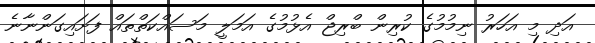
އަދި މި އަހަރު ނިމުމުގެ ކުރިން ބްރިޖް އެޅުމުގެ އަމަލީ މަސައްކަތްތައް ފަށައިގަންނާނެ